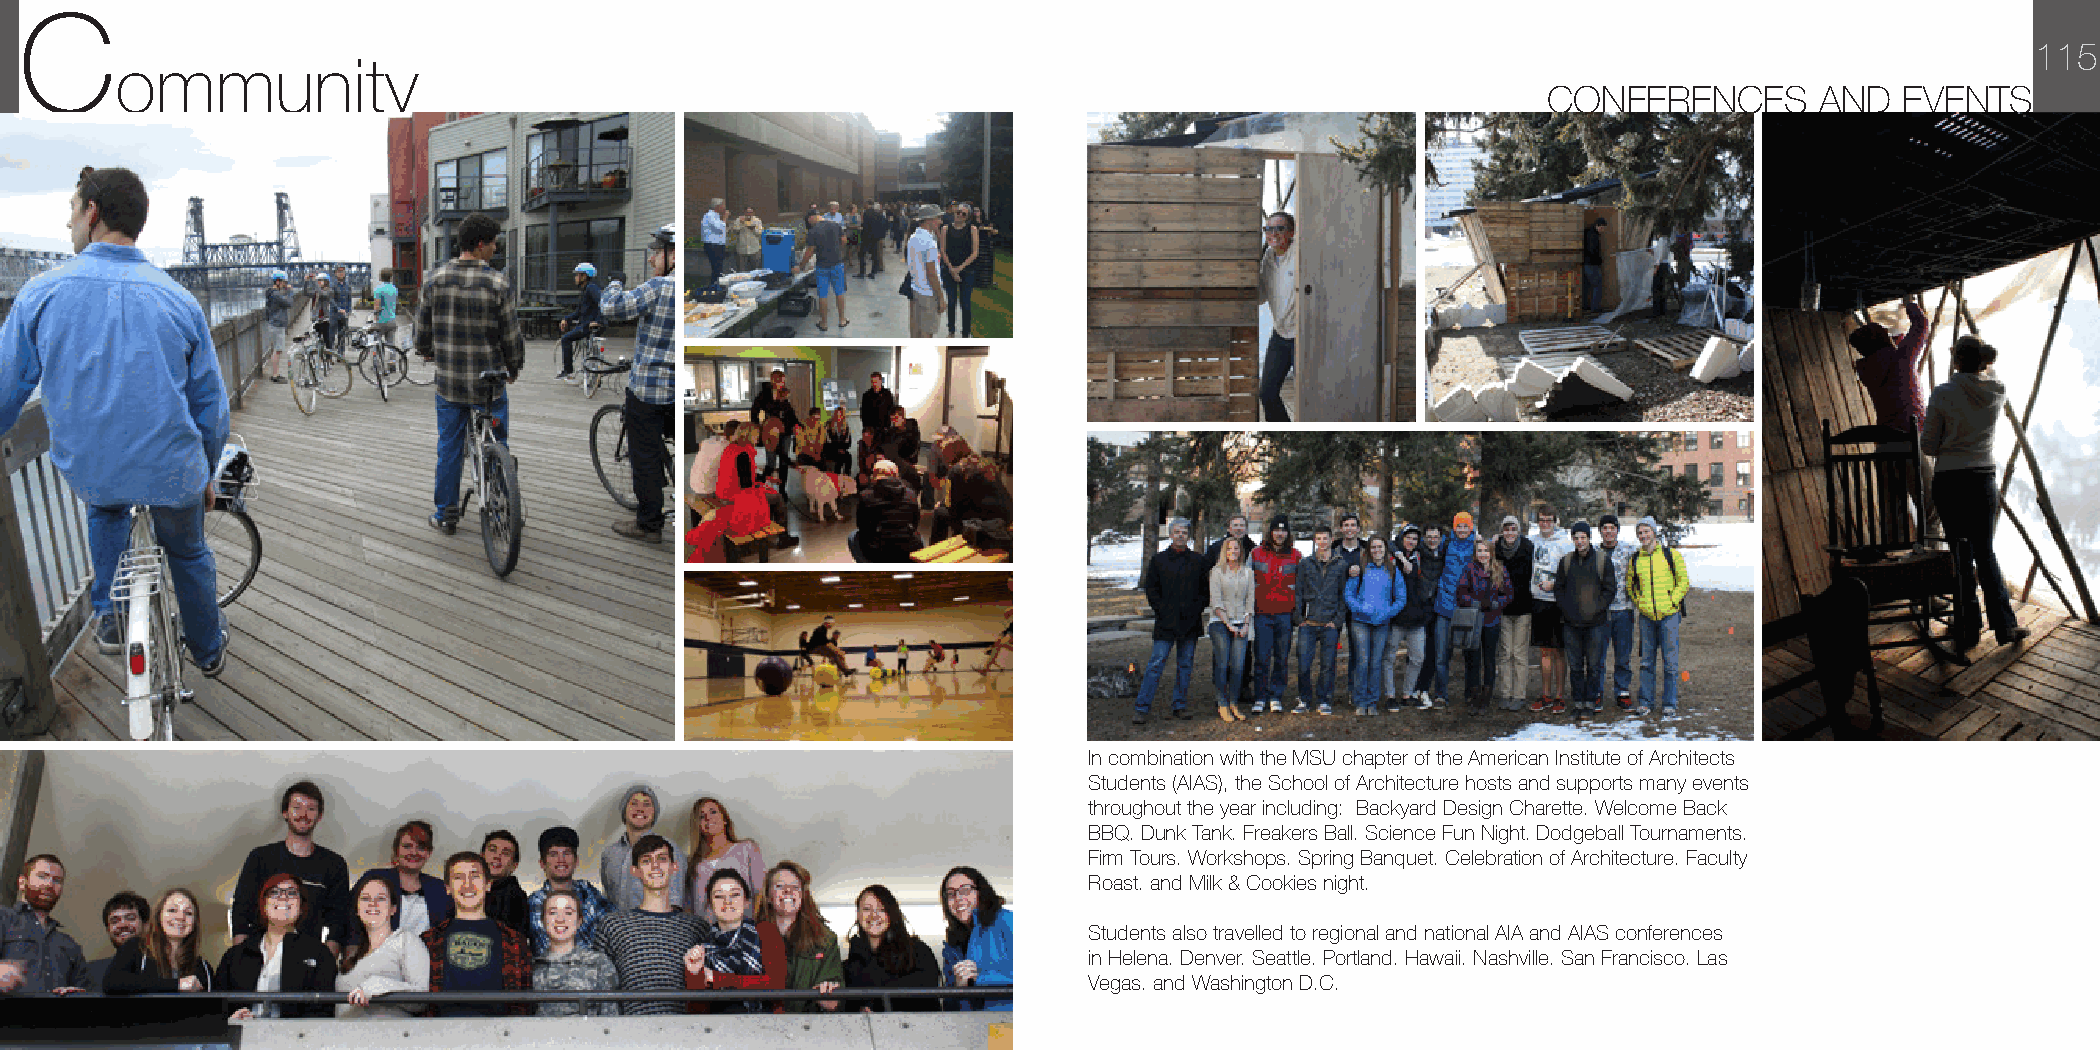
C
 115
 ommunity
 CONFERENCES       AND   EVENTS
 In combination with the MSU chapter of the American Institute of Architects
 Students (AIAS), the School of Architecture hosts and supports many events
 throughout the year including: Backyard Design Charette. Welcome Back
 BBQ. Dunk Tank. Freakers Ball. Science Fun Night. Dodgeball Tournaments.
 Firm Tours. Workshops. Spring Banquet. Celebration of Architecture. Faculty
 Roast. and Milk & Cookies night.
 Students also travelled to regional and national AIA and AIAS conferences
 in Helena. Denver. Seattle. Portland. Hawaii. Nashville. San Francisco. Las
 Vegas. and Washington D.C.